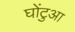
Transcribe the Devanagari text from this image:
घोंटुआ